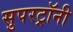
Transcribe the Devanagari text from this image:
सुपरट्रॉनी